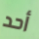
أحد